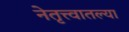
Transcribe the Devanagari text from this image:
नेतृत्त्वातल्या